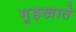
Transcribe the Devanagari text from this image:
गृहखाते